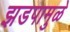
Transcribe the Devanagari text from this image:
झडपामुळे